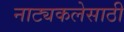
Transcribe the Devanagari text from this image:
नाट्यकलेसाठी